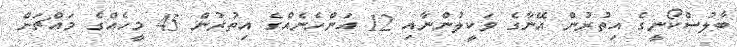
ބާލުސްކޯނީގެ އިތުރުން އޭނާގެ ވަކީލުންނާއި 12 އަންހެނެއްގެ އިތުުރުން 45 މީހެއްގެ މައްޗަށް